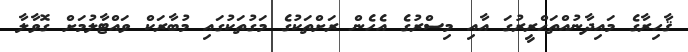
ޤާހިރާގެ މައިދާނުއްތަޙްރީރުގަ އާއި މިސްރުގެ އެހެން ރަށްތަކުގެ މަގުތަކުގައި މުބާރަކް ވައްޓާލުމަށް ގޮވާލާ